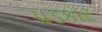
પડકાર